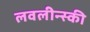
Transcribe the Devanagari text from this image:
लवलीन्स्की